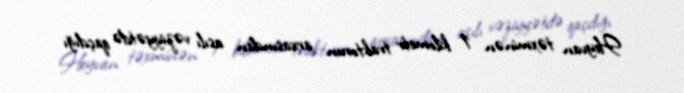
Heyvan təxminən 1 kilometr traktorun arxasından asılı vəziyyətdə qaçdığı